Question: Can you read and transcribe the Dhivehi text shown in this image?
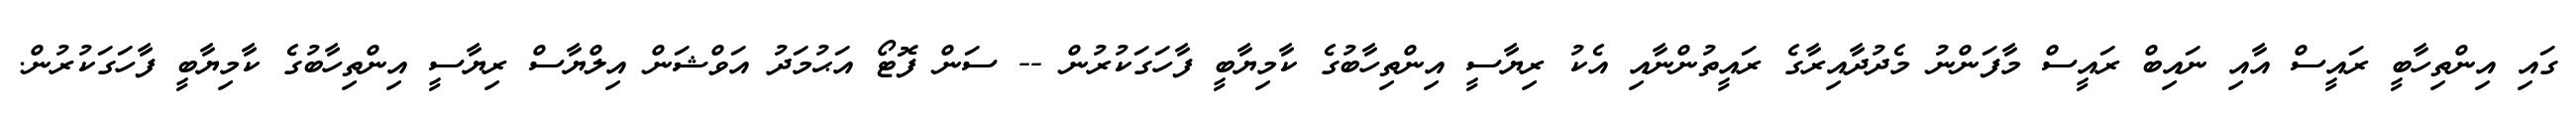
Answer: ގައި އިންތިހާބީ ރައީސް އާއި ނައިބް ރައީސް މާފަންނު މެދުދާއިރާގެ ރައީތުންނާއި އެކު ރިޔާސީ އިންތިހާބުގެ ކާމިޔާބީ ފާހަގަކުރުން -- ސަން ފޮޓޯ އަޙުމަދު އަވްޝަން އިލްޔާސް ރިޔާސީ އިންތިހާބުގެ ކާމިޔާބީ ފާހަގަކުރުން.